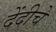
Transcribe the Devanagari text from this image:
देंदीचे